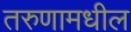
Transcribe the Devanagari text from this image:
तरुणामधील